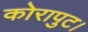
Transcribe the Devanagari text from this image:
कोरापुट।